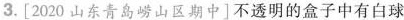
3.[2020山东青岛崂山区期中]不透明的盒子中有白球